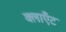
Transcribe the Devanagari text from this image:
क्लाएँट